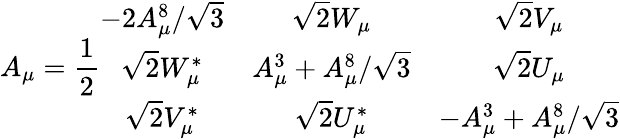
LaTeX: A_{\mu}=\frac{1}{2}\begin{array}{ccc}{{-2A_{\mu}^{8}/\sqrt{3}}}&{{\sqrt{2}W_{\mu}}}&{{\sqrt{2}V_{\mu}}}\\ {{\sqrt{2}W_{\mu}^{*}}}&{{A_{\mu}^{3}+A_{\mu}^{8}/\sqrt{3}}}&{{\sqrt{2}U_{\mu}}}\\ {{\sqrt{2}V_{\mu}^{*}}}&{{\sqrt{2}U_{\mu}^{*}}}&{{-A_{\mu}^{3}+A_{\mu}^{8}/\sqrt{3}}}\end{array}